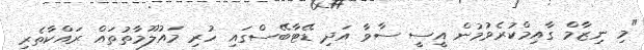
"މި ނިޒާމް ގާއިމްކުރެވުމުން އީސީ ސާވާ އަދި ޑޭޓާބޭސްގައި ހުރި މައުލޫމާތުތައް ރައްކާތެރި